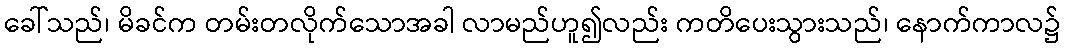
ခေါ်သည်၊ မိခင်က တမ်းတလိုက်သောအခါ လာမည်ဟူ၍လည်း ကတိပေးသွားသည်၊ နောက်ကာလ၌